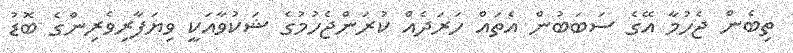
ތިބެން ޖެހުމާ އޭގެ ސަބަބުން އެތައް ހަރަދެއް ކުރަންޖެހުމުގެ ޝަކުވާއަކީ ވިޔަފާރިވެރިންގެ ބޮޑު